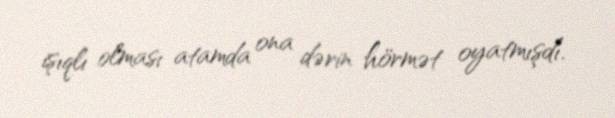
işıqlı olması atamda ona dərin hörmət oyatmışdı.